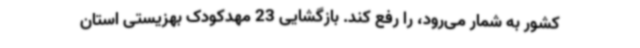
کشور به شمار می‌رود، را رفع کند. بازگشایی 23 مهدکودک بهزیستی استان